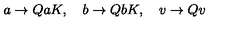
a \rightarrow Q a K , \quad b \rightarrow Q b K , \quad v \rightarrow Q v